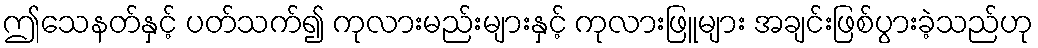
ဤသေနတ်နှင့် ပတ်သက်၍ ကုလားမည်းများနှင့် ကုလားဖြူများ အချင်းဖြစ်ပွားခဲ့သည်ဟု